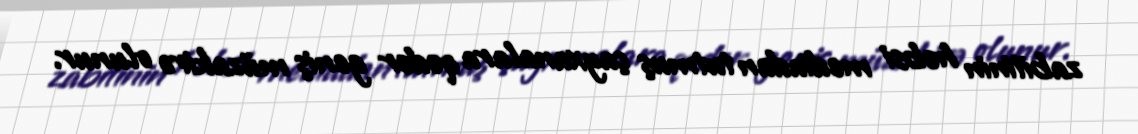
zabitinin həbsi mediadan tutmuş çayxanalara qədər geniş müzakirə olunur.